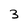
Character: 3